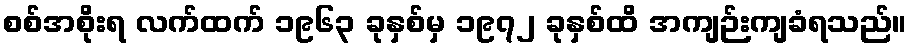
စစ်အစိုးရ လက်ထက် ၁၉၆၃ ခုနှစ်မှ ၁၉၇၂ ခုနှစ်ထိ အကျဉ်းကျခံရသည်။